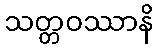
သတ္တဝဿာနိ